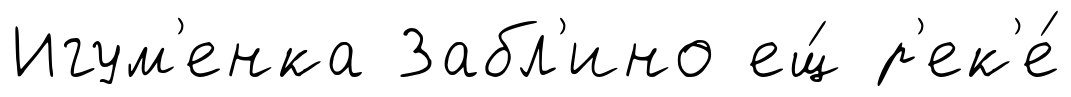
Игум'енка Забл'ино ещ́ р'ек'е́